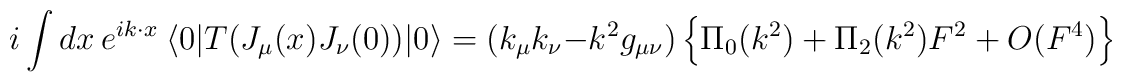
i\int dx~e^{i k\cdot x}~\langle0|T(J_\mu(x)J_\nu(0))|0\rangle=(k_\mu k_\nu-k^2g_{\mu\nu})\left\{\Pi_0(k^2)+\Pi_2(k^2)F^2+O(F^4)\right\}